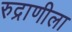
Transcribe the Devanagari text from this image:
रुद्राणीला